On the importance of larval characters in the classification of mosquitoes - Number 25
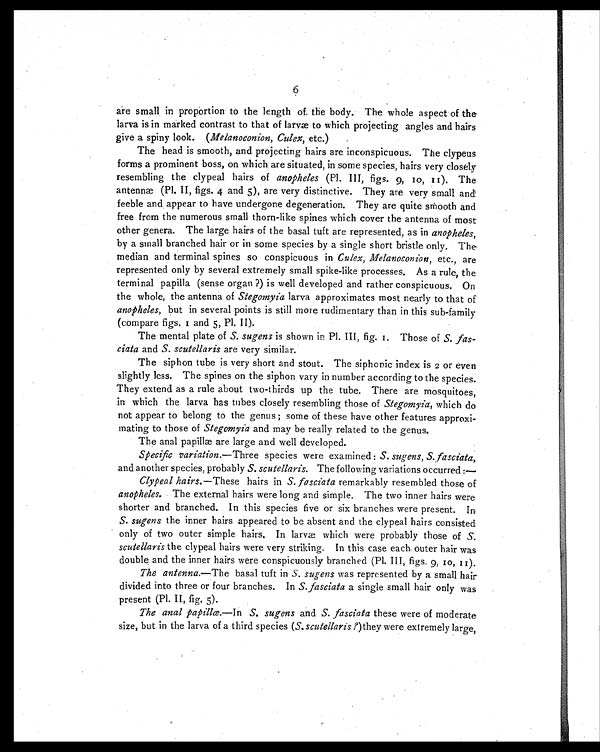
6
are small in proportion to the length of the body. The whole aspect of the
larva is in marked contrast to that of larvæ to which projecting angles and hairs
give a spiny look. ( Melanoconion, Culex, etc.)
The head is smooth, and projecting hairs are inconspicuous. The clypeus
forms a prominent boss, on which are situated, in some species, hairs very closely
resembling the clypeal hairs of anopheles (Pl. III, figs. 9, 10, 11). The
antennæ (Pl. II, figs. 4 and 5), are very distinctive. They are very small and
feeble and appear to have undergone degeneration. They are quite smooth and
free from the numerous small thorn-like spines which cover the antenna of most
other genera. The large hairs of the basal tuft are represented, as in anopheles,
by a small branched hair or in some species by a single short bristle only. The
median and terminal spines so conspicuous in Culex, Melanoconion, etc., are
represented only by several extremely small spike-like processes. As a rule, the
terminal papilla (sense organ ?) is well developed and rather conspicuous. On
the whole, the antenna of Stegomyia larva approximates most nearly to that of
anopheles, but in several points is still more rudimentary than in this sub-family
(compare figs. 1 and 5, Pl. II).
The mental plate of S. sugens is shown in Pl. III, fig. 1. Those of S. fas-
ciata and S. scutellaris are very similar.
The siphon tube is very short and stout. The siphonic index is 2 or even
slightly less. The spines on the siphon vary in number according to the species.
They extend as a rule about two-thirds up the tube. There are mosquitoes,
in which the larva has tubes closely resembling those of Stegomyia, which do
not appear to belong to the genus ; some of these have other features approxi-
mating to those of Stegomyia and may be really related to the genus.
The anal papillæ are large and well developed.
Specific variation. —Three species were examined : S. sugens, S.fasciata,
and another species, probably S. scutellaris. The following variations occurred :—
Clypeal hairs. —These hairs in S. fasciata remarkably resembled those of
anopheles. The external hairs were long and simple. The two inner hairs were
shorter and branched. In this species five or six branches were present. In
S. sugens the inner hairs appeared to be absent and the clypeal hairs consisted
only of two outer simple hairs. In larvæ which were probably those of S.
scutellaris the clypeal hairs were very striking. In this case each outer hair was
double and the inner hairs were conspicuously branched (Pl. III, figs. 9, 10, 11).
The antenna.—The basal tuft in S. sugens was represented by a small hair
divided into three or four branches. In S. fasciata a single small hair only was
present (Pl. II, fig. 5).
The anal papillæ. —In S. sugens and S. fasciata these were of moderate
size, but in the larva of a third species ( S. scutellaris ?)they were extremely large,